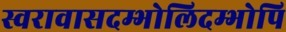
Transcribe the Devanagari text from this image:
स्वरावासदम्भोलिदम्भोपि